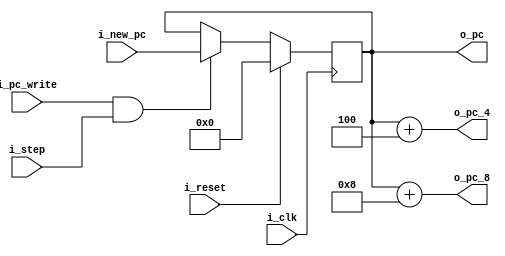
`timescale 1ns / 1ps

module PC 
    #(
        parameter NB = 32
    )
    (
        input   wire                i_clk,
        input   wire                i_reset,
        input   wire                i_step,
        input   wire                i_pc_write,
        input   wire    [NB-1:0]    i_new_pc,
        output  wire    [NB-1:0]    o_pc,
        output  wire    [NB-1:0]    o_pc_4,
        output  wire    [NB-1:0]    o_pc_8
    );

    reg [NB-1:0]    pc;

    initial begin
        pc = {NB{1'b0}};
    end
    
    always @(posedge i_clk) begin
        if (i_reset) begin
            pc <= {NB{1'b0}};
        end
        else if (i_pc_write & i_step) begin
            pc <= i_new_pc;
        end
    end
    
    assign  o_pc     =   pc;// burbuja       
    assign  o_pc_4   =   pc + 4;// incremento normal
    assign  o_pc_8   =   pc + 8;// JAL instruccion

endmodule